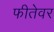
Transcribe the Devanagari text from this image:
फीतेवर